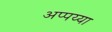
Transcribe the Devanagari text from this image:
अप्पय्या